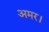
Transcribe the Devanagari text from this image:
अमर।